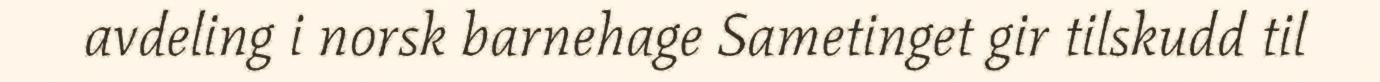
avdeling i norsk barnehage Sametinget gir tilskudd til